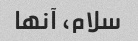
سلام، آنها